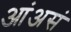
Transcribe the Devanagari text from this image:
आंअसं